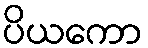
ပိယကော